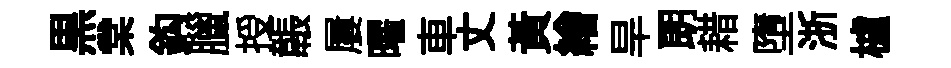
黒棠鈎臘授韔屢曜車丈黃繪旱朗耤墮浙櫨